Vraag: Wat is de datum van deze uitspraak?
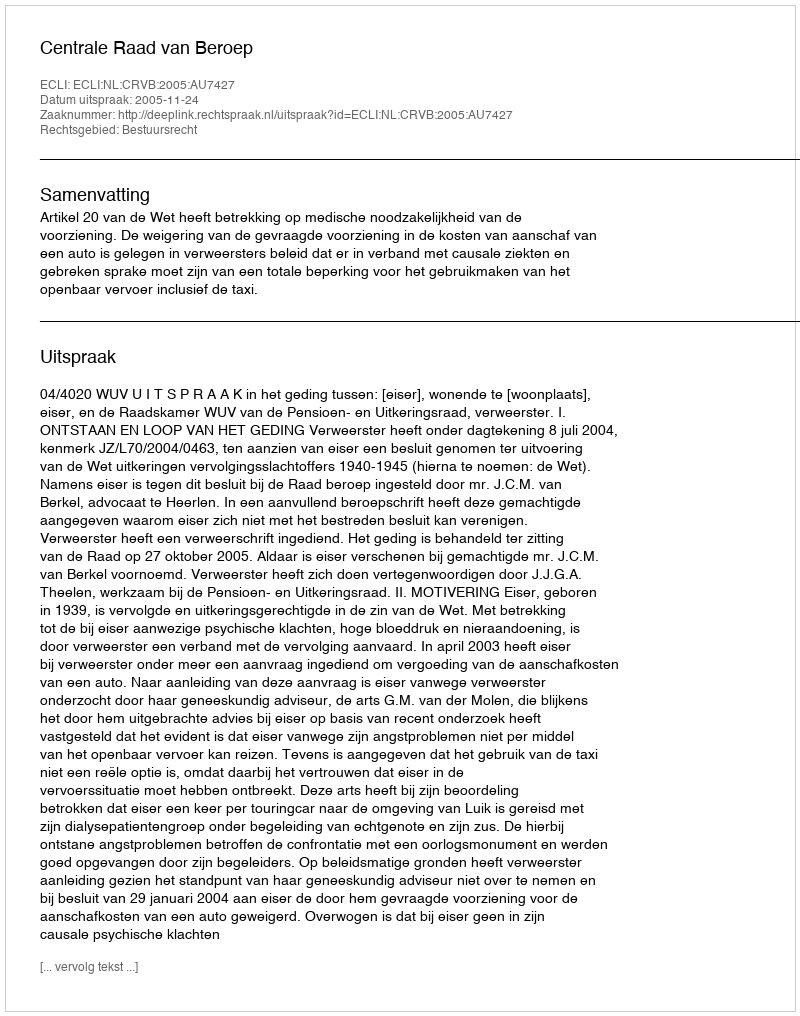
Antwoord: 2005-11-24